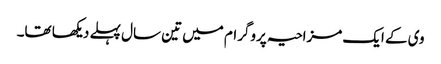
وی کے ایک مزاحیہ پروگرام میں تین سال پہلے دیکھا تھا۔